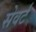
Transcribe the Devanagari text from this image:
सेवर्ट